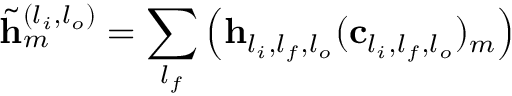
\tilde { \mathbf { h } } _ { m } ^ { ( l _ { i } , l _ { o } ) } = \sum _ { l _ { f } } \left( \mathbf { h } _ { l _ { i } , l _ { f } , l _ { o } } ( \mathbf { c } _ { l _ { i } , l _ { f } , l _ { o } } ) _ { m } \right)